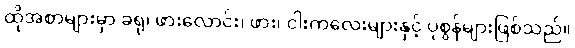
ထိုအစာများမှာ ခရု၊ ဖားလောင်း၊ ဖား၊ ငါးကလေးများနှင့် ပုစွန်များဖြစ်သည်။